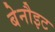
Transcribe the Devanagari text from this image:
बेनौइट